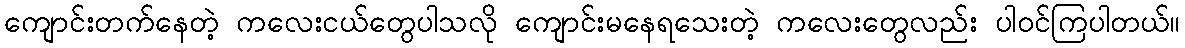
ကျောင်းတက်နေတဲ့ ကလေးငယ်တွေပါသလို ကျောင်းမနေရသေးတဲ့ ကလေးတွေလည်း ပါဝင်ကြပါတယ်။